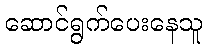
ဆောင်ရွက်ပေးနေသူ